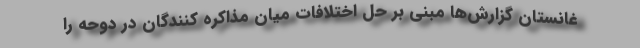
غانستان گزارش‌ها مبنی بر حل اختلافات میان مذاکره کنندگان در دوحه را